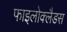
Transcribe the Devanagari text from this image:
फाइलोक्लैडस